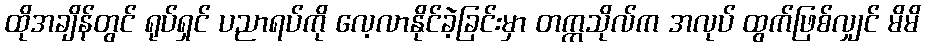
ထိုအချိန်တွင် ရုပ်ရှင် ပညာရပ်ကို လေ့လာနိုင်ခဲ့ခြင်းမှာ တက္ကသိုလ်က အလုပ် ထွက်ဖြစ်လျှင် မိမိ